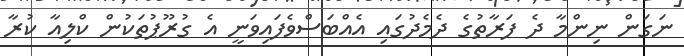
ނަގަން ނިންމާ ދެ ފަރާތުގެ ދެމެދުގައި އެއްބަސްވެފައިވަނީ އެ ގުރޫޕުތަކުން ކްލިއާ ކުރާ